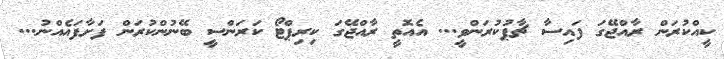
ކީއްކުރަަން ރާއްޖޭގަ ފައިސާ ޗާޕުކުރަންވީ... އެއޮތީ ރާއްޖޭގަ ކިރިޕްޓޯ ކަރަންސީ ބޭނުންކުރަން ފަށާފައެއްނު...